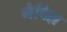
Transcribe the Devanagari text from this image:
नेविल्ल